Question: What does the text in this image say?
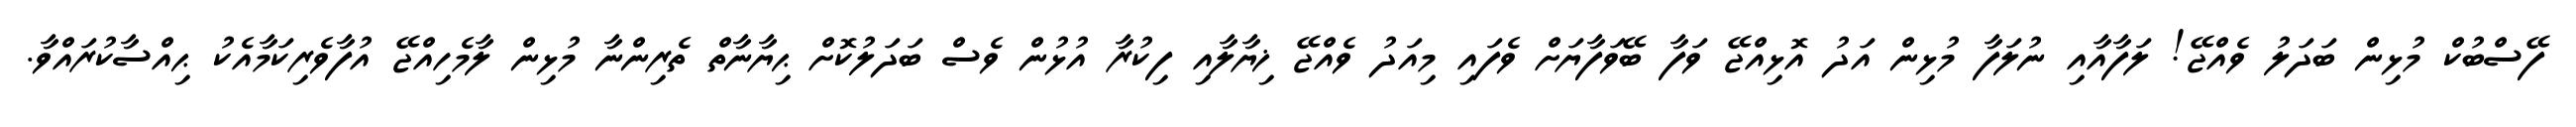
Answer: ފޭސްބުކް މުޅިން ބަދަލު ވެއްޖޭ! ލަފާއާއި ނުލަފާ މުޅިން އަދު އޮޅިއްޖޭ ވަފާ ބޭވަފާޔަށް ވެފައި މިއަދު ވެއްޖޭ ޚިޔާލާއި ފިކުރާ އުޅުން ވެސް ބަދަލުކޮށް ޙިޔާނާތް ތެރިންނާ މުޅިން ލާމެހިއްޖޭ އުފާވެރިކަމާއެކު ޙިއްސާކުރައްވާ.